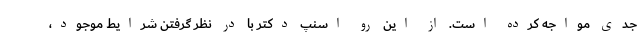
جدی مواجه کرده است. از این رو اسنپ دکتر با در نظر گرفتن شرایط موجود،